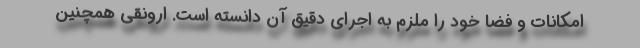
امکانات و فضا خود را ملزم به اجرای دقیق آن دانسته است. ارونقی همچنین